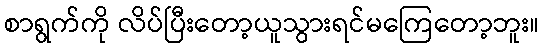
စာရွက်ကို လိပ်ပြီးတော့ယူသွားရင်မကြေတော့ဘူး။